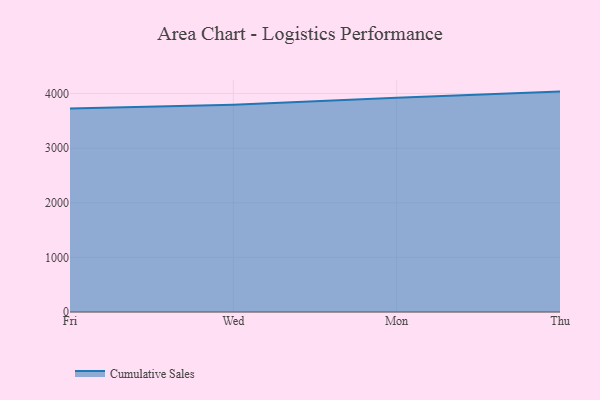
{"axis": {"x": "Day", "y": "Energy Usage (MWh)"}, "legend": ["Cumulative Sales"], "data": [{"x": "Fri", "y": 3726.0, "type": "Cumulative Sales"}, {"x": "Wed", "y": 3795.0, "type": "Cumulative Sales"}, {"x": "Mon", "y": 3923.6, "type": "Cumulative Sales"}, {"x": "Thu", "y": 4035.6, "type": "Cumulative Sales"}]}